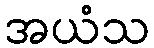
အယံသ